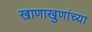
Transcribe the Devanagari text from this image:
खाणाखुणांच्या